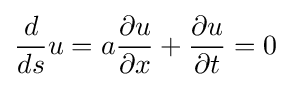
{\frac {d}{ds}}u=a{\frac {\partial u}{\partial x}}+{\frac {\partial u}{\partial t}}=0